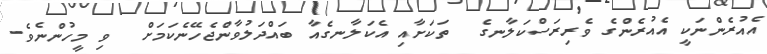
އެއުރެންނަކީ އެއުރެންގެ ވެރިރަސްކަލާނގެ  ތަކަށާއި އެކަލާނގެއާ ބައްދަލުވާންޖެހޭނެކަމަށް  ވި މީހުންނެވެ.